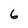
Character: 6